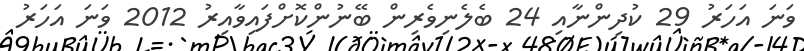
ވަނަ އަހަރު 29 ކުދިންނާއި 24 ބެލެނިވެރިން ބޭނުންކޮށްފައިވާއިރު 2012 ވަނަ އަހަރު